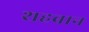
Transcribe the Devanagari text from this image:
शहबान